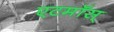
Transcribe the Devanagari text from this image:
एटमॉस्